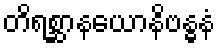
တိရစ္ဆာနယောနိဗန္ဓနံ